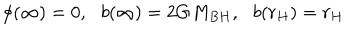
LaTeX: \phi ( \infty ) = 0 , \, \, \, \, b ( \infty ) = 2 G M _ { B H } , \, \, \, \, b ( r _ { H } ) = r _ { H }